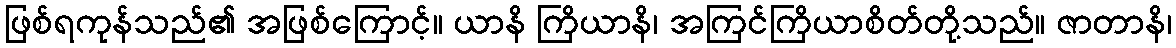
ဖြစ်ရကုန်သည်၏ အဖြစ်ကြောင့်။ ယာနိ ကြိယာနိ၊ အကြင်ကြိယာစိတ်တို့သည်။ ဇာတာနိ၊